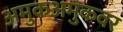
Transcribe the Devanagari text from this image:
अमुकअमुकवर